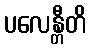
ပလေန္တီတိ